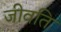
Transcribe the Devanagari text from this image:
जीवति